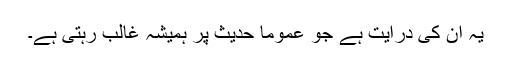
یہ ان کی درایت ہے جو عموماَ حدیث پر ہمیشہ غالب رہتی ہے۔